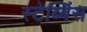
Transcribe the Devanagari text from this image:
स्टेब्बिंस